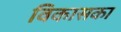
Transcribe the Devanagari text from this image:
विकासका